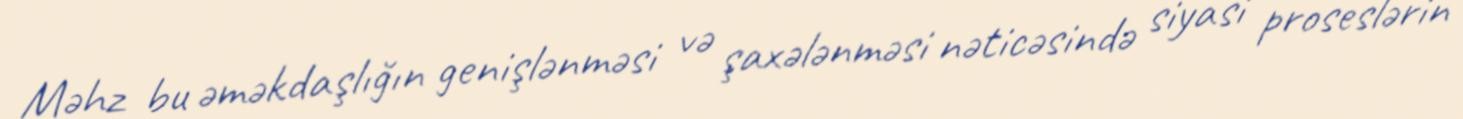
Məhz bu əməkdaşlığın genişlənməsi və şaxələnməsi nəticəsində siyasi proseslərin